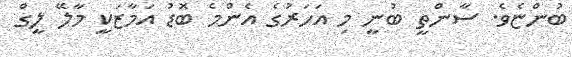
ބުންޏެވެ. ސާންތީ ބުނީ މި އަހަރުގެ އެންމެ ބޮޑު އަމާޒަކީ މާލޭ ލީގް